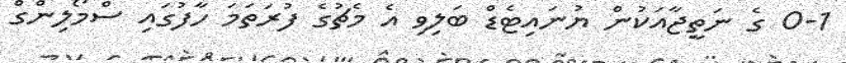
0-1 ގެ ނަތީޖާއަކުން ޔުނައިޓެޑް ބަލިވި އެ މެޗުގެ ފުރަތަމަ ހާފުގައި ސްމޯލިންގް